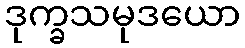
ဒုက္ခသမုဒယော